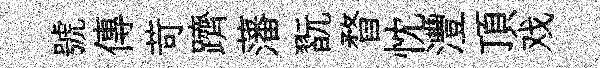
號傳苛躋藩翫瞀忱灃頂戏